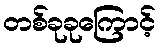
တစ်ခုခုကြောင့်